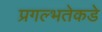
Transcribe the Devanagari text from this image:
प्रगल्‍भतेकडे